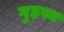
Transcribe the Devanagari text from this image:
गुहस्य